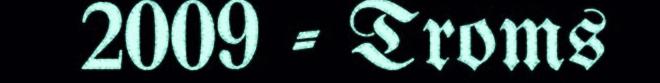
2009 - Troms